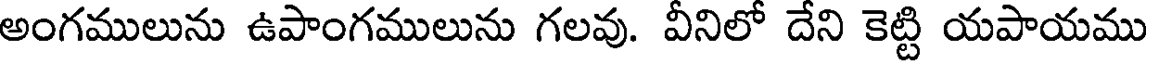
అంగములును ఉపాంగములును గలవు. వీనిలో దేని కెట్టి యపాయము